Scottish Leaving Certificate Examination, 1961
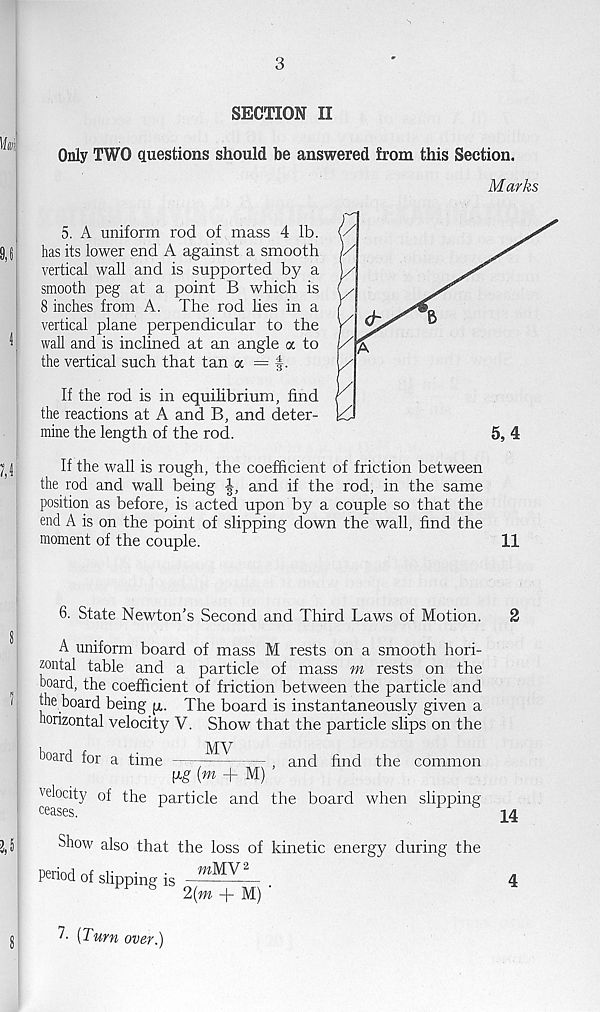
3
SECTION II
Only TWO questions should be answered from this Section.
Marks
5. A uniform rod of mass 4 lb.
has its lower end A against a smooth
vertical wall and is supported by a
smooth peg at a point B which is
8 inches from A. The rod lies in a
vertical plane perpendicular to the
wall and is inclined at an angle a to
the vertical such that tan a = f.
If the rod is in equilibrium, find
the reactions at A and B, and deter-
mine the length of the rod.
5, 4
If the wall is rough, the coefficient of friction between
the rod and wall being
and if the rod, in the same
position as before, is acted upon by a couple so that the
end A is on the point of slipping down the wall, find the
moment of the couple.
11
6. State Newton's Second and Third Laws of Motion.
2
A uniform board of mass M rests on a smooth hori-
zontal table and a particle of mass m rests on the
board, the coefficient of friction between the particle and
the board being p,. The board is instantaneously given a
horizontal velocity V. Show that the particle slips on the
-
,
.
MV
Qoara for a time ——
-r— , and find the common
pg (m + M)
velocity of the particle and the board when slipping
ceases.
Show also that the loss of kinetic energy during the
period of slipping is wMV 2
2(m + M) ‘
4
'■ [Turn over.)